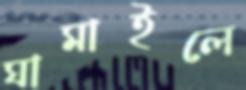
ঘামাইলে